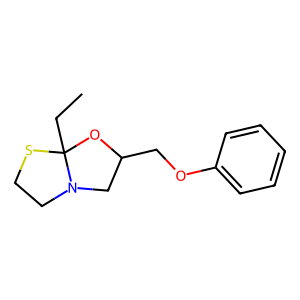
SMILES: CCC12OC(COc3ccccc3)CN1CCS2
Inhibits HIV replication: No